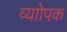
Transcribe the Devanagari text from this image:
व्याोपक